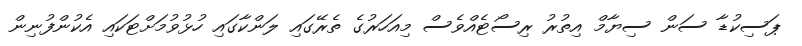
ޕަސިކުޑާ ސަން ސިޔާމް އިތުރު ރިސޯޓެއްވެސް މިއަހަރުގެ ތެރޭގައި ލަންކާގައި ހުޅުވުމަށްޓަކައި އެކުންފުނިން